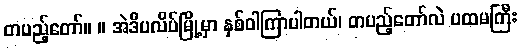
တပည့်တော်။ ။ အဲဒီပလိပ်မြို့မှာ နှစ်ဝါကြာပါတယ်၊ တပည့်တော်လဲ ပထမကြီး